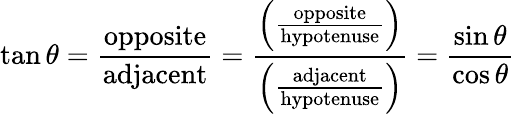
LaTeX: \tan\theta={\frac{\mathrm{opposite}}{\mathrm{adjacent}}}={\frac{\left({\frac{\mathrm{opposite}}{\mathrm{hypotenuse}}}\right)}{\left({\frac{\mathrm{adjacent}}{\mathrm{hypotenuse}}}\right)}}={\frac{\sin\theta}{\cos\theta}}